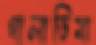
গালাডিমা